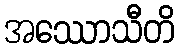
အဿောသီတိ